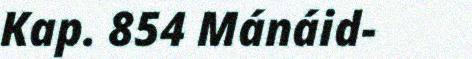
Kap. 854 Mánáid-